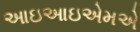
આઇઆઇએમએ